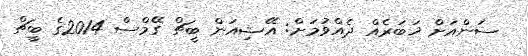
ސަންއަށް ޚަބަރެއް ދެއްވުމަށް: އޭޝިއަން ބީޗް ގޭމްސް 2014ގެ ބީޗް